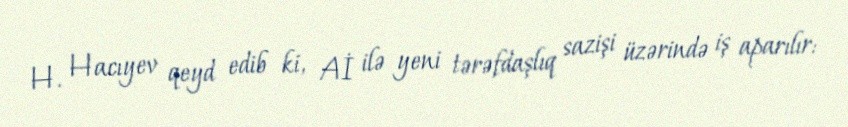
H. Hacıyev qeyd edib ki, Aİ ilə yeni tərəfdaşlıq sazişi üzərində iş aparılır: